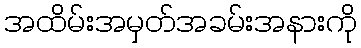
အထိမ်းအမှတ်အခမ်းအနားကို